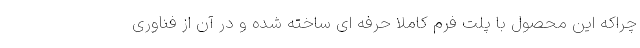
چراکه این محصول با پلت فرم کاملا حرفه ای ساخته شده و در آن از فناوری